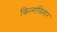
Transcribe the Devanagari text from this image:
किन्गफिशर